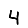
Digit: 4